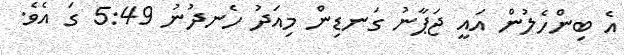
އެ ބިންހެލުން އައީ ޖަޕާނު ގަނޑިން މިއަދު ހެނދުނު 5:49 ގަ އެވެ.